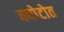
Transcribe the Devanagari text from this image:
क्योटोत